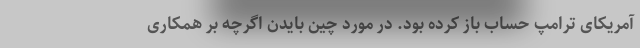
آمریکای ترامپ حساب باز کرده بود. در مورد چین بایدن اگرچه بر همکاری